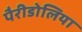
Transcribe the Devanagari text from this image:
पैरीडोलिया